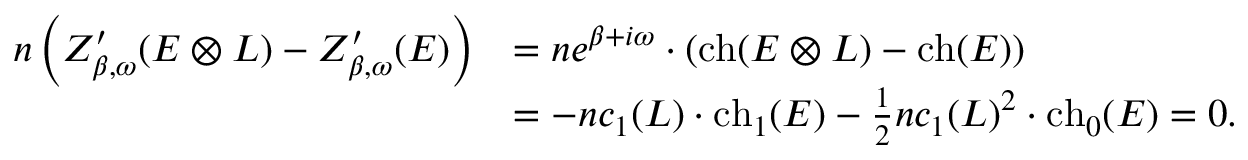
\begin{array} { r l } { n \left( Z _ { \beta , \omega } ^ { \prime } ( E \otimes L ) - Z _ { \beta , \omega } ^ { \prime } ( E ) \right) } & { = n e ^ { \beta + i \omega } \cdot \left( \mathrm { c h } ( E \otimes L ) - \mathrm { c h } ( E ) \right) } \\ & { = - n c _ { 1 } ( L ) \cdot \mathrm { c h } _ { 1 } ( E ) - \frac { 1 } { 2 } n c _ { 1 } ( L ) ^ { 2 } \cdot \mathrm { c h } _ { 0 } ( E ) = 0 . } \end{array}